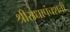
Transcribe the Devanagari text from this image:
श्रीराधापंचशती